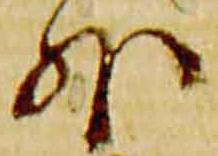
外